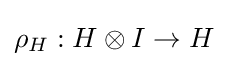
\rho _{H}:H\otimes I\to H